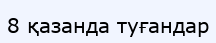
8 қазанда туғандар